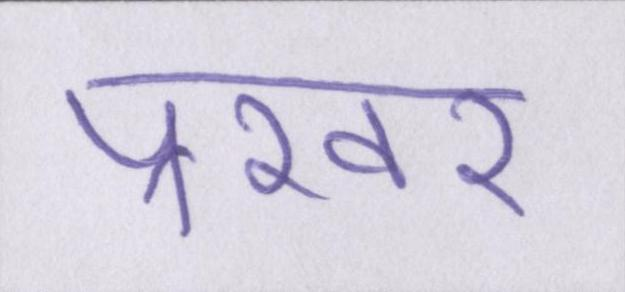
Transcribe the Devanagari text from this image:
प्रखर